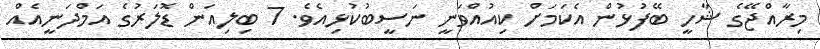
މިރާއްޖޭގެ ޝާހީ ބޭފުޅުން އެކަމަށް ކިއުއްވަނީ ނަސީބުކުޅިއެވެ. 7 ބިލިއަން ޑޮލަރުގެ އަމްދަނީއެއް